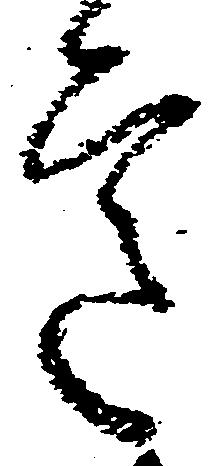
意